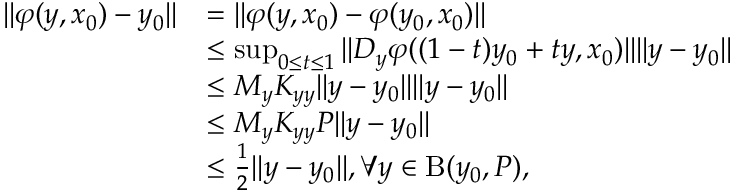
\begin{array} { r l } { \Vert \varphi ( y , x _ { 0 } ) - y _ { 0 } \Vert } & { = \Vert \varphi ( y , x _ { 0 } ) - \varphi ( y _ { 0 } , x _ { 0 } ) \Vert } \\ & { \leq \operatorname* { s u p } _ { 0 \leq t \leq 1 } \Vert D _ { y } \varphi ( ( 1 - t ) y _ { 0 } + t y , x _ { 0 } ) \Vert \Vert y - y _ { 0 } \Vert } \\ & { \leq M _ { y } K _ { y y } \Vert y - y _ { 0 } \Vert \Vert y - y _ { 0 } \Vert } \\ & { \leq M _ { y } K _ { y y } P \Vert y - y _ { 0 } \Vert } \\ & { \leq \frac { 1 } { 2 } \Vert y - y _ { 0 } \Vert , \forall y \in \mathrm { B } ( y _ { 0 } , P ) , } \end{array}